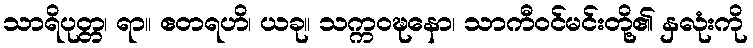
သာရိပုတ္တ၊ ရာ။ ဧတရဟိ၊ ယခု။ သက္ကဝဍ္ဎနော၊ သာကီဝင်မင်းတို့၏ နှလုံးကို